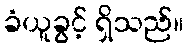
ခံယူခွင့် ရှိသည်။